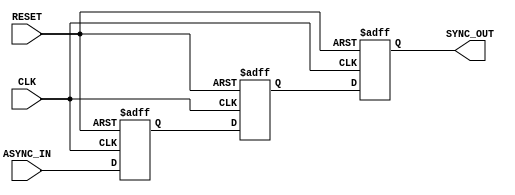
module async_to_sync_converter (
    input wire ASYNC_IN,      // Asynchronous input signal
    input wire CLK,           // Clock signal for synchronization
    input wire RESET,         // Asynchronous reset signal
    output reg SYNC_OUT       // Synchronized output signal
);

    // Internal signals for multi-stage synchronization
    reg sync_stage1;
    reg sync_stage2;

    // Always block for synchronization logic
    always @(posedge CLK or posedge RESET) begin
        if (RESET) begin
            // Reset the output and internal stages
            SYNC_OUT <= 1'b0;
            sync_stage1 <= 1'b0;
            sync_stage2 <= 1'b0;
        end else begin
            // Capture the ASYNC_IN signal on the rising edge of CLK
            sync_stage1 <= ASYNC_IN; // First stage
            sync_stage2 <= sync_stage1; // Second stage
            SYNC_OUT <= sync_stage2; // Final synchronized output
        end
    end

endmodule